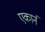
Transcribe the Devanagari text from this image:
एकार्न